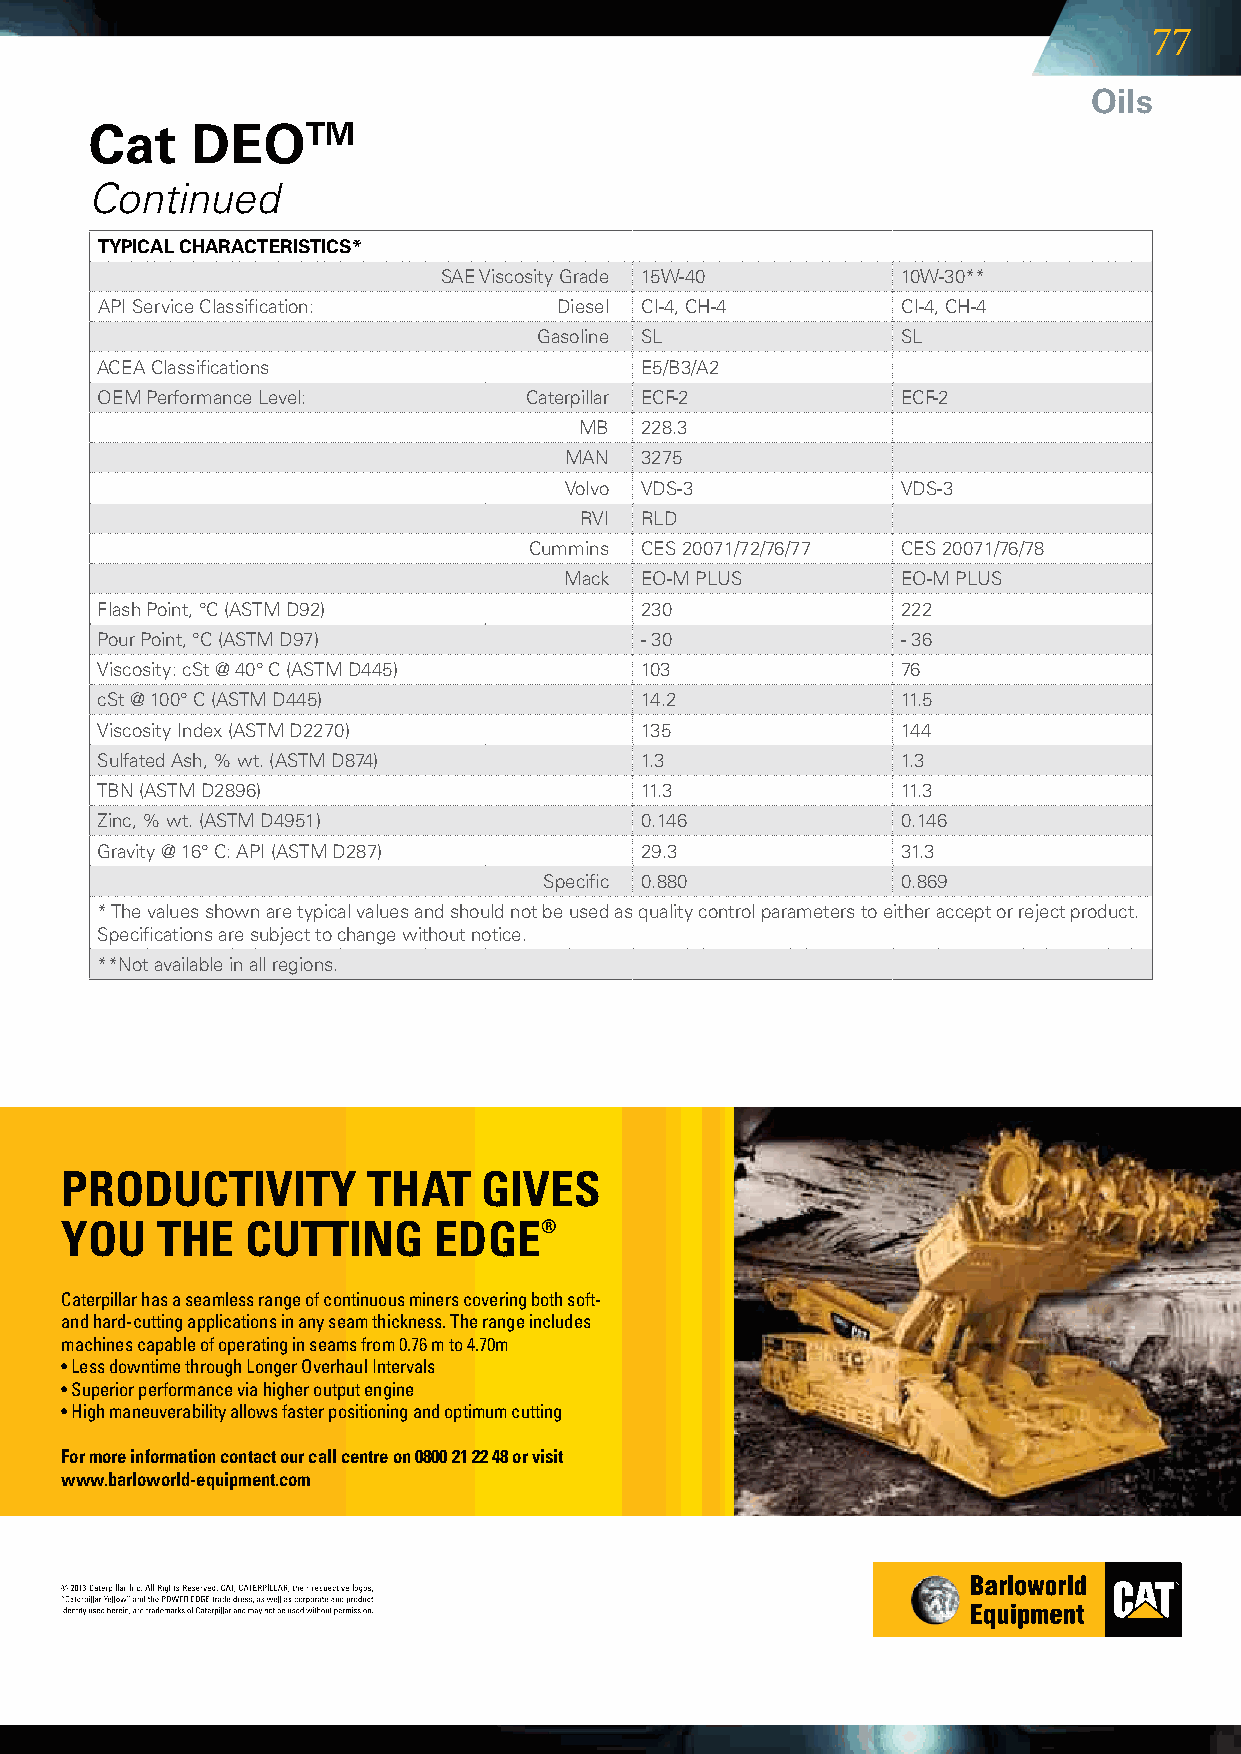
77
 Oils
 Cat    DEOTM
 Continued
 TYPICAL CHARACTERISTICS*
 SAEViscosityGrade 15W-40   10W-30**
 APIServiceClassification:    Diesel CI-4,CH-4    CI-4,CH-4
 Gasoline SL            SL
 ACEAClassifications               E5/B3/A2
 OEMPerformanceLevel:      Caterpillar ECF-2      ECF-2
 MB 228.3
 MAN 3275
 Volvo VDS-3           VDS-3
 rvi RLD
 Cummins CES20071/72/76/77 CES20071/76/78
 Mack EO-MPLUS       EO-MPLUS
 FlashPoint,°C(ASTMD92)         230              222
 PourPoint,°C(ASTMD97)          -30              -36
 Viscosity:cSt@40°C(ASTMD445) 103              76
 cSt@100°C(ASTMD445)           14.2             11.5
 ViscosityIndex(ASTMD2270)       135              144
 SulfatedAsh,%wt.(ASTMD874)    1.3              1.3
 TBN(ASTMD2896)                   11.3             11.3
 zinc,%wt.(ASTMD4951)           0.146            0.146
 Gravity@16°C:API(ASTMD287)   29.3             31.3
 Specific 0.880        0.869
 *Thevaluesshownaretypicalvaluesandshouldnotbeusedasqualitycontrolparameterstoeitheracceptorrejectproduct.
 Specificationsaresubjecttochangewithoutnotice.
 **Notavailableinallregions.
 PRODUCTIVITY        THAT    GIVES
 YOU   THE   CUTTING      EDGE®
 Caterpillar has a seamless range of continuous miners covering both soft-
 and hard-cutting applications in any seam thickness. The range includes
 machines capable of operating in seams from 0.76 m to 4.70m
 • Less downtime through Longer Overhaul Intervals
 • Superior performance via higher output engine
 • High maneuverability allows faster positioning and optimum cutting
 For more information contact our call centre on 0800 21 22 48 or visit
 www.barloworld-equipment.com
 Pg 77 (100x210).indd 1                                                  2013/05/31 4:33 PM